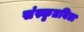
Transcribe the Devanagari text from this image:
संस्कृतविद्या